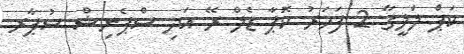
ކަޕް ލަލީގާ 2 ފަހަރު ކޮޕާ ޑެލް ރޭ އަދި ސްޕެނިޝް ސުޕާރ